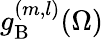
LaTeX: g_{\mathrm{B}}^{(m,l)}(\Omega)